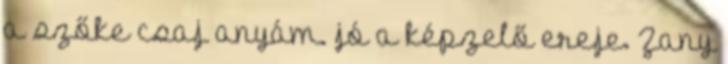
a szőke csaj anyám. jó a képzelő ereje. Zany